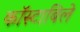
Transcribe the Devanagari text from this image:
काॅस्टाबिले